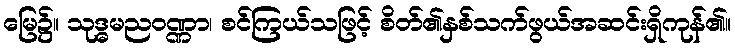
မြေ၌။ သုဒ္ဓမညဝဏ္ဏာ၊ စင်ကြယ်သဖြင့် စိတ်၏နှစ်သက်ဖွယ်အဆင်းရှိကုန်၏။